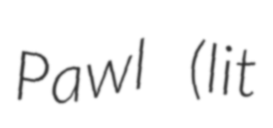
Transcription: Pawl (lit